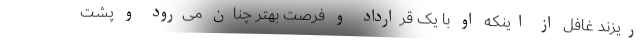
‌ریزند غافل از اینکه او با یک قرارداد و فرصت بهتر چنان می‌رود و پشت